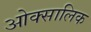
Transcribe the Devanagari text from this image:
ओक्सालिक